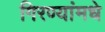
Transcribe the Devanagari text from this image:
गिरण्यांमधे